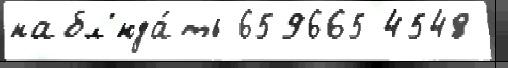
набл'юда́ть 659665 4548